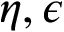
\eta , \epsilon